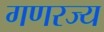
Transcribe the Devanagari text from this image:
गणरज्य